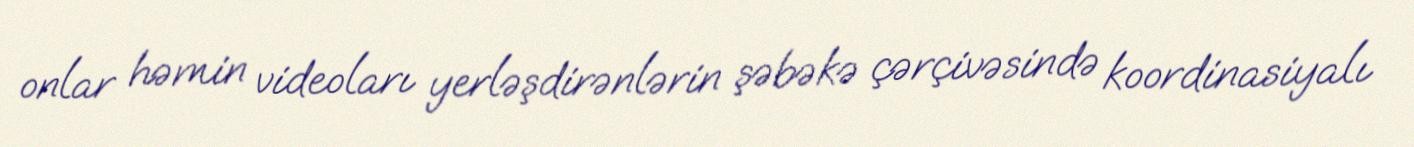
onlar həmin videoları yerləşdirənlərin şəbəkə çərçivəsində koordinasiyalı